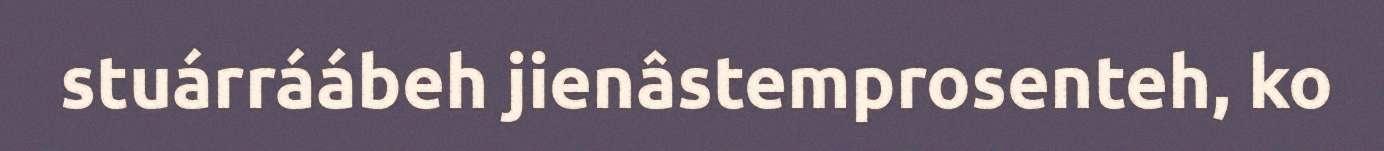
stuárráábeh jienâstemprosenteh, ko